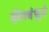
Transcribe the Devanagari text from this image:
दीनबंधूने